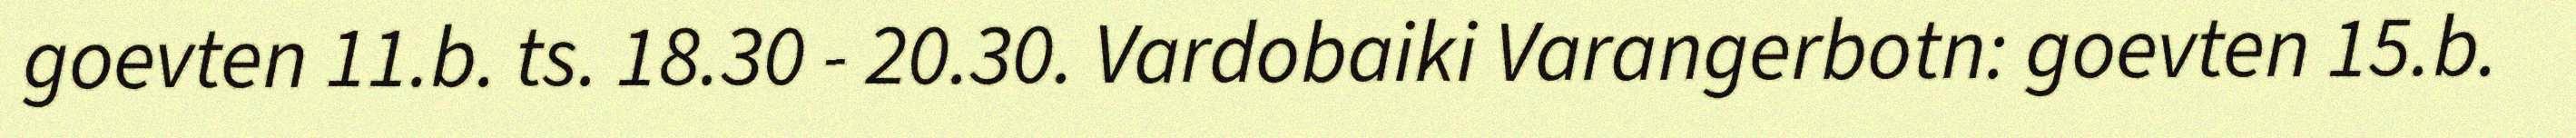
goevten 11.b. ts. 18.30 - 20.30. Vardobaiki Varangerbotn: goevten 15.b.